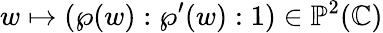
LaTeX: w\mapsto(\wp(w):\wp^{\prime}(w):1)\in\mathbb{P}^{2}(\mathbb{C})